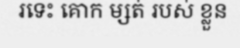
រទេះ គោក ម្សត់ របស់ ខ្លួន